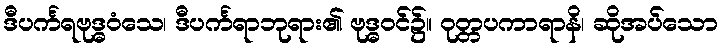
ဒီပင်္ကရဗုဒ္ဓဝံသေ၊ ဒီပင်္ကရာဘုရား၏ ဗုဒ္ဓဝင်၌။ ဝုတ္တပကာရာနိ၊ ဆိုအပ်သော